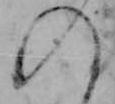
の